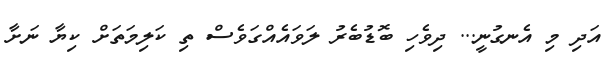
އަދި މި އެނގުނީ... ދިވެހި ބޮޑުބެރު ލަވައެއްގަވެސް ތި ކަލިމަތަށް ކިޔާ ނަށާ